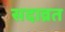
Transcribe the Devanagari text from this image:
सदाव्रत